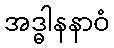
အဒ္ဓါနနာဝံ